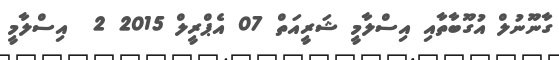
ގާނޫނުލް އުގޫބާތާއި އިސްލާމީ ޝަރީއަތް 07 އެޕްރީލް 2015 2  އިސްލާމީ